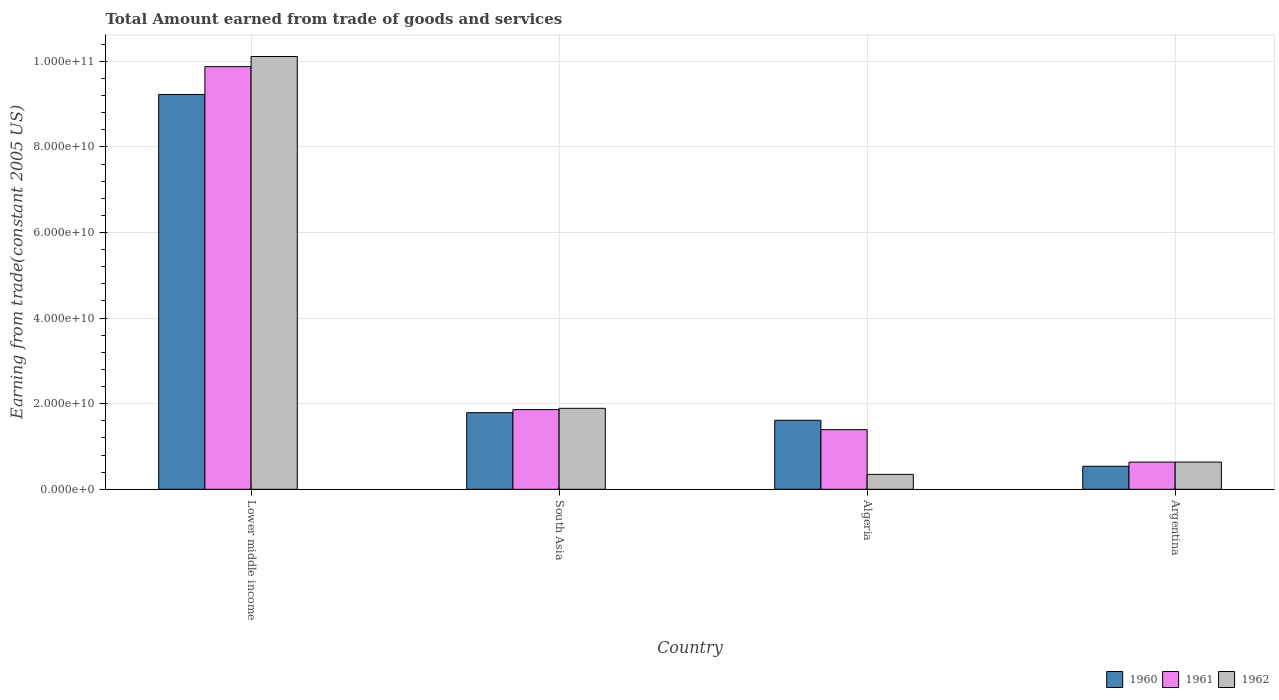
| Country | 1960 | 1961 | 1962 |
 | --- | --- | --- | --- |
 | Lower middle income | 9.23e+10 | 9.88e+10 | 1.01e+11 |
 | South Asia | 1.79e+10 | 1.86e+10 | 1.89e+10 |
 | Algeria | 1.61e+10 | 1.39e+10 | 3.48e+09 |
 | Argentina | 5.38e+09 | 6.36e+09 | 6.36e+09 |